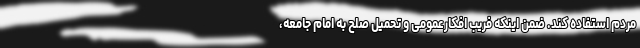
مردم استفاده کند. ضمن اینکه فریب افکارعمومی و تحمیل صلح به امام جامعه،